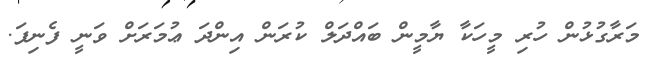
މަރާގުޅުން ހުރި މީހަކާ ޔާމީން ބައްދަލް ކުރަން އިންދަ ޢުމަރަށް ވަނީ ފެނިފަ.